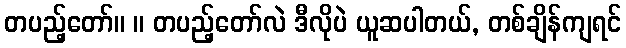
တပည့်တော်။ ။ တပည့်တော်လဲ ဒီလိုပဲ ယူဆပါတယ်, တစ်ချိန်ကျရင်